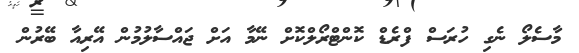
މާސެލޯ ނެގި ހުރަސް ފްރެޑް ކޮންޓްރޯލްކޮށް ނޭމާ އަށް ޖައްސާލުމުން އޭރިއާ ބޭރުން